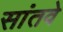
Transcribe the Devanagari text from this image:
सांतवे